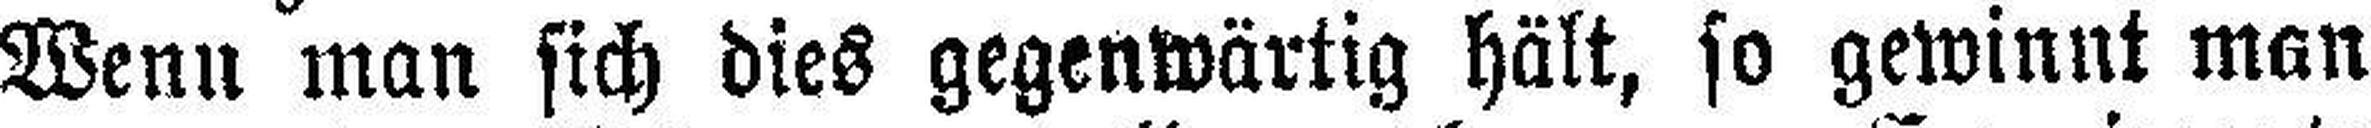
Wenn man sich dies gegenwärtig hält, so gewinnt man